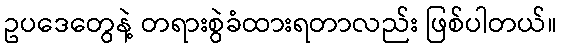
ဥပဒေတွေနဲ့ တရားစွဲခံထားရတာလည်း ဖြစ်ပါတယ်။